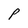
Character: P